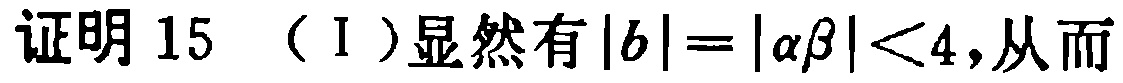
证明15 （I）显然有\(|b| = |\alpha\beta| < 4,从而